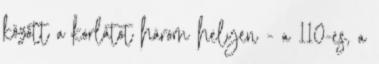
között a korlátot három helyen - a 110-es, a